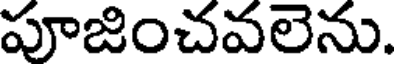
పూజించవలెను.